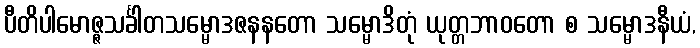
ပီတိပါမောဇ္ဇသင်္ခါတသမ္မောဒဇနနတော သမ္မောဒိတုံ ယုတ္တဘာဝတော စ သမ္မောဒနီယံ,